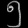
Digit: ၅